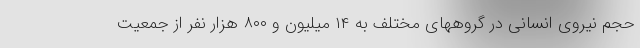
حجم نیروی انسانی در گروههای مختلف به ۱۴ میلیون و ۸۰۰ هزار نفر از جمعیت